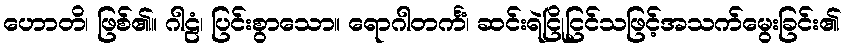
ဟောတိ၊ ဖြစ်၏။ ဂါဠံ၊ ပြင်းစွာသော။ ရောဂါတင်္ကံ၊ ဆင်းရဲငြိုငြင်သဖြင့်အသက်မွေးခြင်း၏